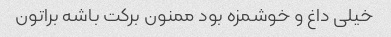
خیلی داغ و خوشمزه بود ممنون برکت باشه براتون